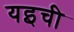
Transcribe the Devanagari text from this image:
यइची